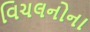
વિચલનોના